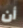
أن